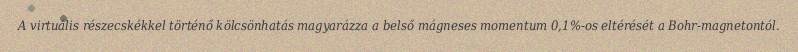
A virtuális részecskékkel történő kölcsönhatás magyarázza a belső mágneses momentum 0,1%-os eltérését a Bohr-magnetontól.